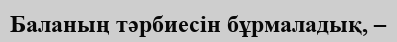
Баланың тәрбиесін бұрмаладық, –